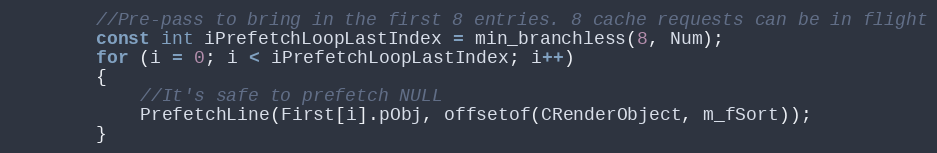
Language: C++
		//Pre-pass to bring in the first 8 entries. 8 cache requests can be in flight
		const int iPrefetchLoopLastIndex = min_branchless(8, Num);
		for (i = 0; i < iPrefetchLoopLastIndex; i++)
		{
			//It's safe to prefetch NULL
			PrefetchLine(First[i].pObj, offsetof(CRenderObject, m_fSort));
		}